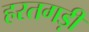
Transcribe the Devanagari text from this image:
हरतगड़ी